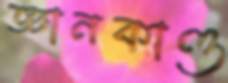
জ্ঞানকাণ্ড